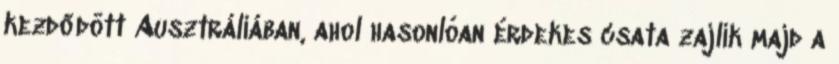
kezdődött Ausztráliában, ahol hasonlóan érdekes csata zajlik majd a